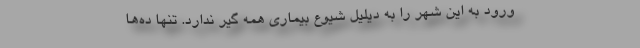
ورود به این شهر را به دیلیل شیوع بیماری همه گیر ندارد. تنها ده‌ها